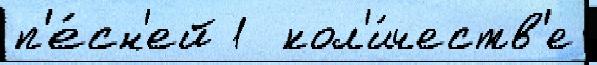
п'е́сн'ей 1  кол'и́честв'е